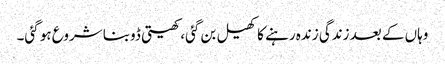
وہاں کے بعد زندگی زندہ رہنے کا کھیل بن گئی، کھیتی ڈوبنا شروع ہو گئی۔